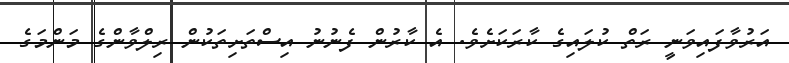
އަރުވާފައިވަނީ ރަތް ކުލައިގެ ކާރަކަށެވެ. އެ ކާރުން ފެނުނު އިސްތަށިތަކުން ރިލްވާންގެ މަންމަގެ